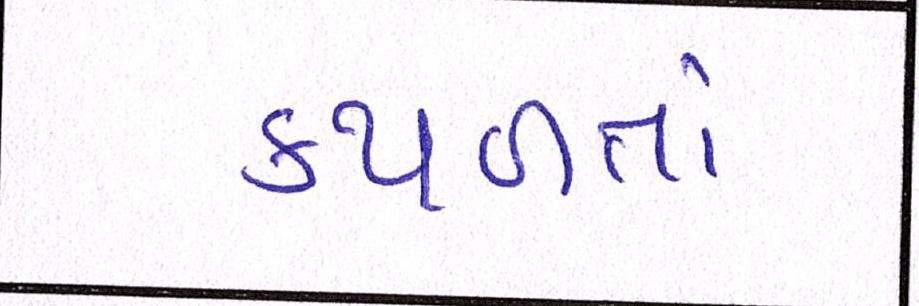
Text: કથળતાં